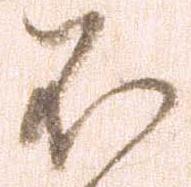
不